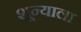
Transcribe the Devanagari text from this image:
शून्याला